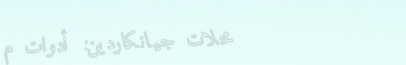
محلات جيانكاردين: أدوات م